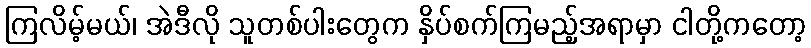
ကြလိမ့်မယ်၊ အဲဒီလို သူတစ်ပါးတွေက နှိပ်စက်ကြမည့်အရာမှာ ငါတို့ကတော့